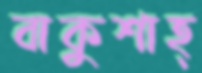
বাকুশাহ্